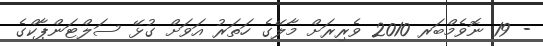
- 19 ނޮވެމްބަރ 2010 ވެރިރަށް މާލޭގެ ހަތަރު އަވަށް ގުޅޭ ސަލްޓަންޕާކްގެ